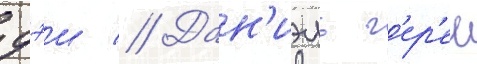
дэи // Дан'иэль г'ер'ен